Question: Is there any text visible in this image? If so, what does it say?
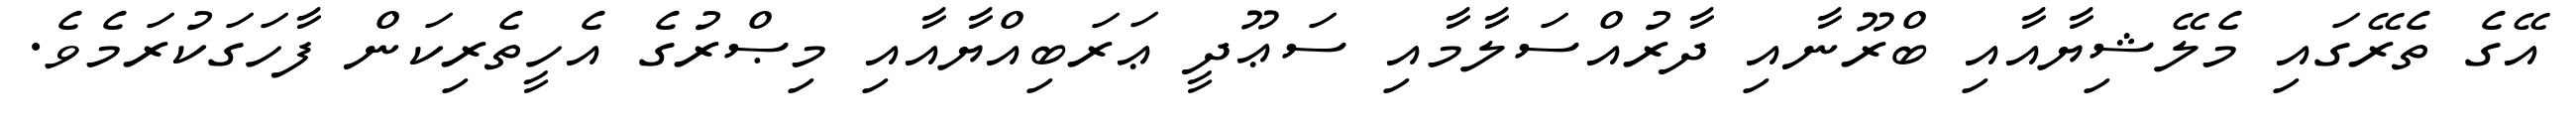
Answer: އޭގެ ތެރޭގައި މެލޭޝިޔާއާއި ބްރޫނާއި ދާރުއްސަލާމާއި ސަޢޫދީ ޢަރަބިއްޔާއާއި މިޞްރުގެ އެހީތެރިކަން ފާހަގަކުރަމެވެ.